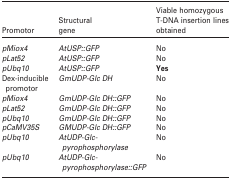
<table><thead><tr><td><b>Promotor</b></td><td><b>Structural gene</b></td><td><b>Viable homozygous T-DNA insertion lines obtained</b></td></tr></thead><tbody><tr><td><i>pMiox4</i></td><td><i>AtUSP::GFP</i></td><td>No</td></tr><tr><td><i>pLat52</i></td><td><i>AtUSP::GFP</i></td><td>No</td></tr><tr><td><i>pUbq10</i></td><td><i>AtUSP::GFP</i></td><td><b>Yes</b></td></tr><tr><td>Dex-inducible promotor</td><td><i>GmUDP-Glc DH</i></td><td>No</td></tr><tr><td><i>pMiox4</i></td><td><i>GmUDP-Glc DH::GFP</i></td><td>No</td></tr><tr><td><i>pLat52</i></td><td><i>GmUDP-Glc DH::GFP</i></td><td>No</td></tr><tr><td><i>pUbq10</i></td><td><i>GmUDP-Glc DH::GFP</i></td><td>No</td></tr><tr><td><i>pCaMV35S</i></td><td><i>GMUDP-Glc DH::GFP</i></td><td>No</td></tr><tr><td><i>pUbq10</i></td><td><i>AtUDP-Glc-pyrophosphorylase</i></td><td>No</td></tr><tr><td><i>pUbq10</i></td><td><i>AtUDP-Glc-pyrophosphorylase::GFP</i></td><td>No</td></tr></tbody></table>